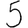
Digit: 5